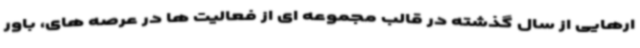
ارهایی از سال گذشته در قالب مجموعه ای از فعالیت ها در عرصه های، باور